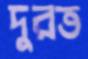
দুরত